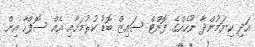
އަދި ކިޔަމުންދާ ނޫހެއްގެ ފޮންޓް ސައިޒް ބޮޑު ކުރުމަށާއި އެއް ސޮފްހާ އިން